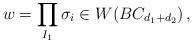
LaTeX: \begin{align*}w = \prod_{I_1} \sigma_i \in W(BC_{d_1 + d_2}) \, , \end{align*}